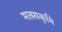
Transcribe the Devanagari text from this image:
मत्स्यकृमि